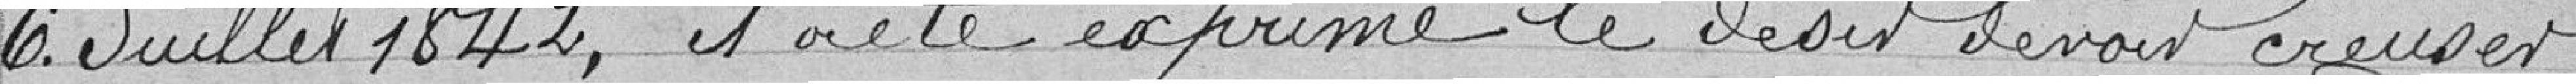
6 juillet 1842, il a été exprimé le désir de voir creuser